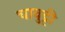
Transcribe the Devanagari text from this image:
चावुट्टी